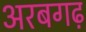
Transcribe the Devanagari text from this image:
अरबगढ़